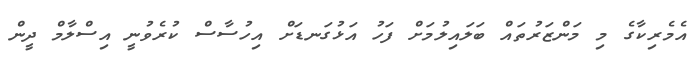
އެމެރިކާގެ މި މަންޒަރުތައް ބަލައިލުމަށް ފަހު އަޅުގަނޑަށް އިހުސާސް ކުރެވުނީ އިސްލާމް ދީން